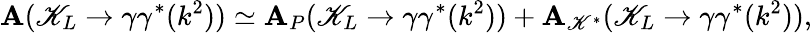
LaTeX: \mathbf{A}(\mathscr{K}_{L}\rightarrow\gamma\gamma^{*}(k^{2}))\simeq\mathbf{A}_{P}(\mathscr{K}_{L}\rightarrow\gamma\gamma^{*}(k^{2}))+\mathbf{A}_{\mathscr{K}^{*}}(\mathscr{K}_{L}\rightarrow\gamma\gamma^{*}(k^{2})),